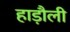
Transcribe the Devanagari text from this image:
हाड़ौली